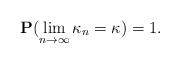
LaTeX: \begin{align*} {\bf P} (\lim_{n \to \infty} \kappa_n = \kappa) = 1.\end{align*}